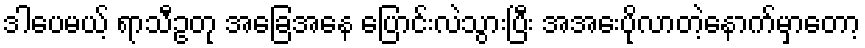
ဒါပေမယ့် ရာသီဥတု အခြေအနေ ပြောင်းလဲသွားပြီး အအေးပိုလာတဲ့နောက်မှာတော့